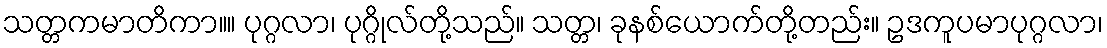
သတ္တကမာတိကာ။။ ပုဂ္ဂလာ၊ ပုဂ္ဂိုလ်တို့သည်။ သတ္တ၊ ခုနစ်ယောက်တို့တည်း။ ဥဒကူပမာပုဂ္ဂလာ၊